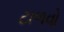
ટાળવો